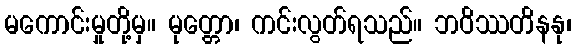
မကောင်းမှုတို့မှ။ မုတ္တော၊ ကင်းလွတ်ရသည်။ ဘဝိဿတိနနု၊